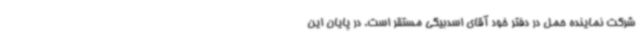
شرکت نماینده حمل در دفتر خود آقای اسدبیگی مستقر است. در پایان این